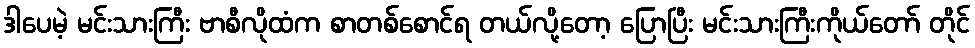
ဒါပေမဲ့ မင်းသားကြီး ဗာစီလိုထံက စာတစ်စောင်ရ တယ်လို့တော့ ပြောပြီး မင်းသားကြီးကိုယ်တော် တိုင်